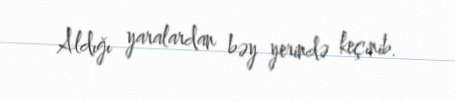
Aldığı yaralardan bəy yerində keçinib.